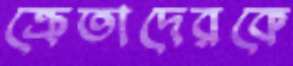
ক্রেতাদেরকে